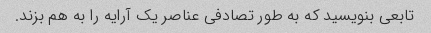
تابعی بنویسید که به طور تصادفی عناصر یک آرایه را به هم بزند.